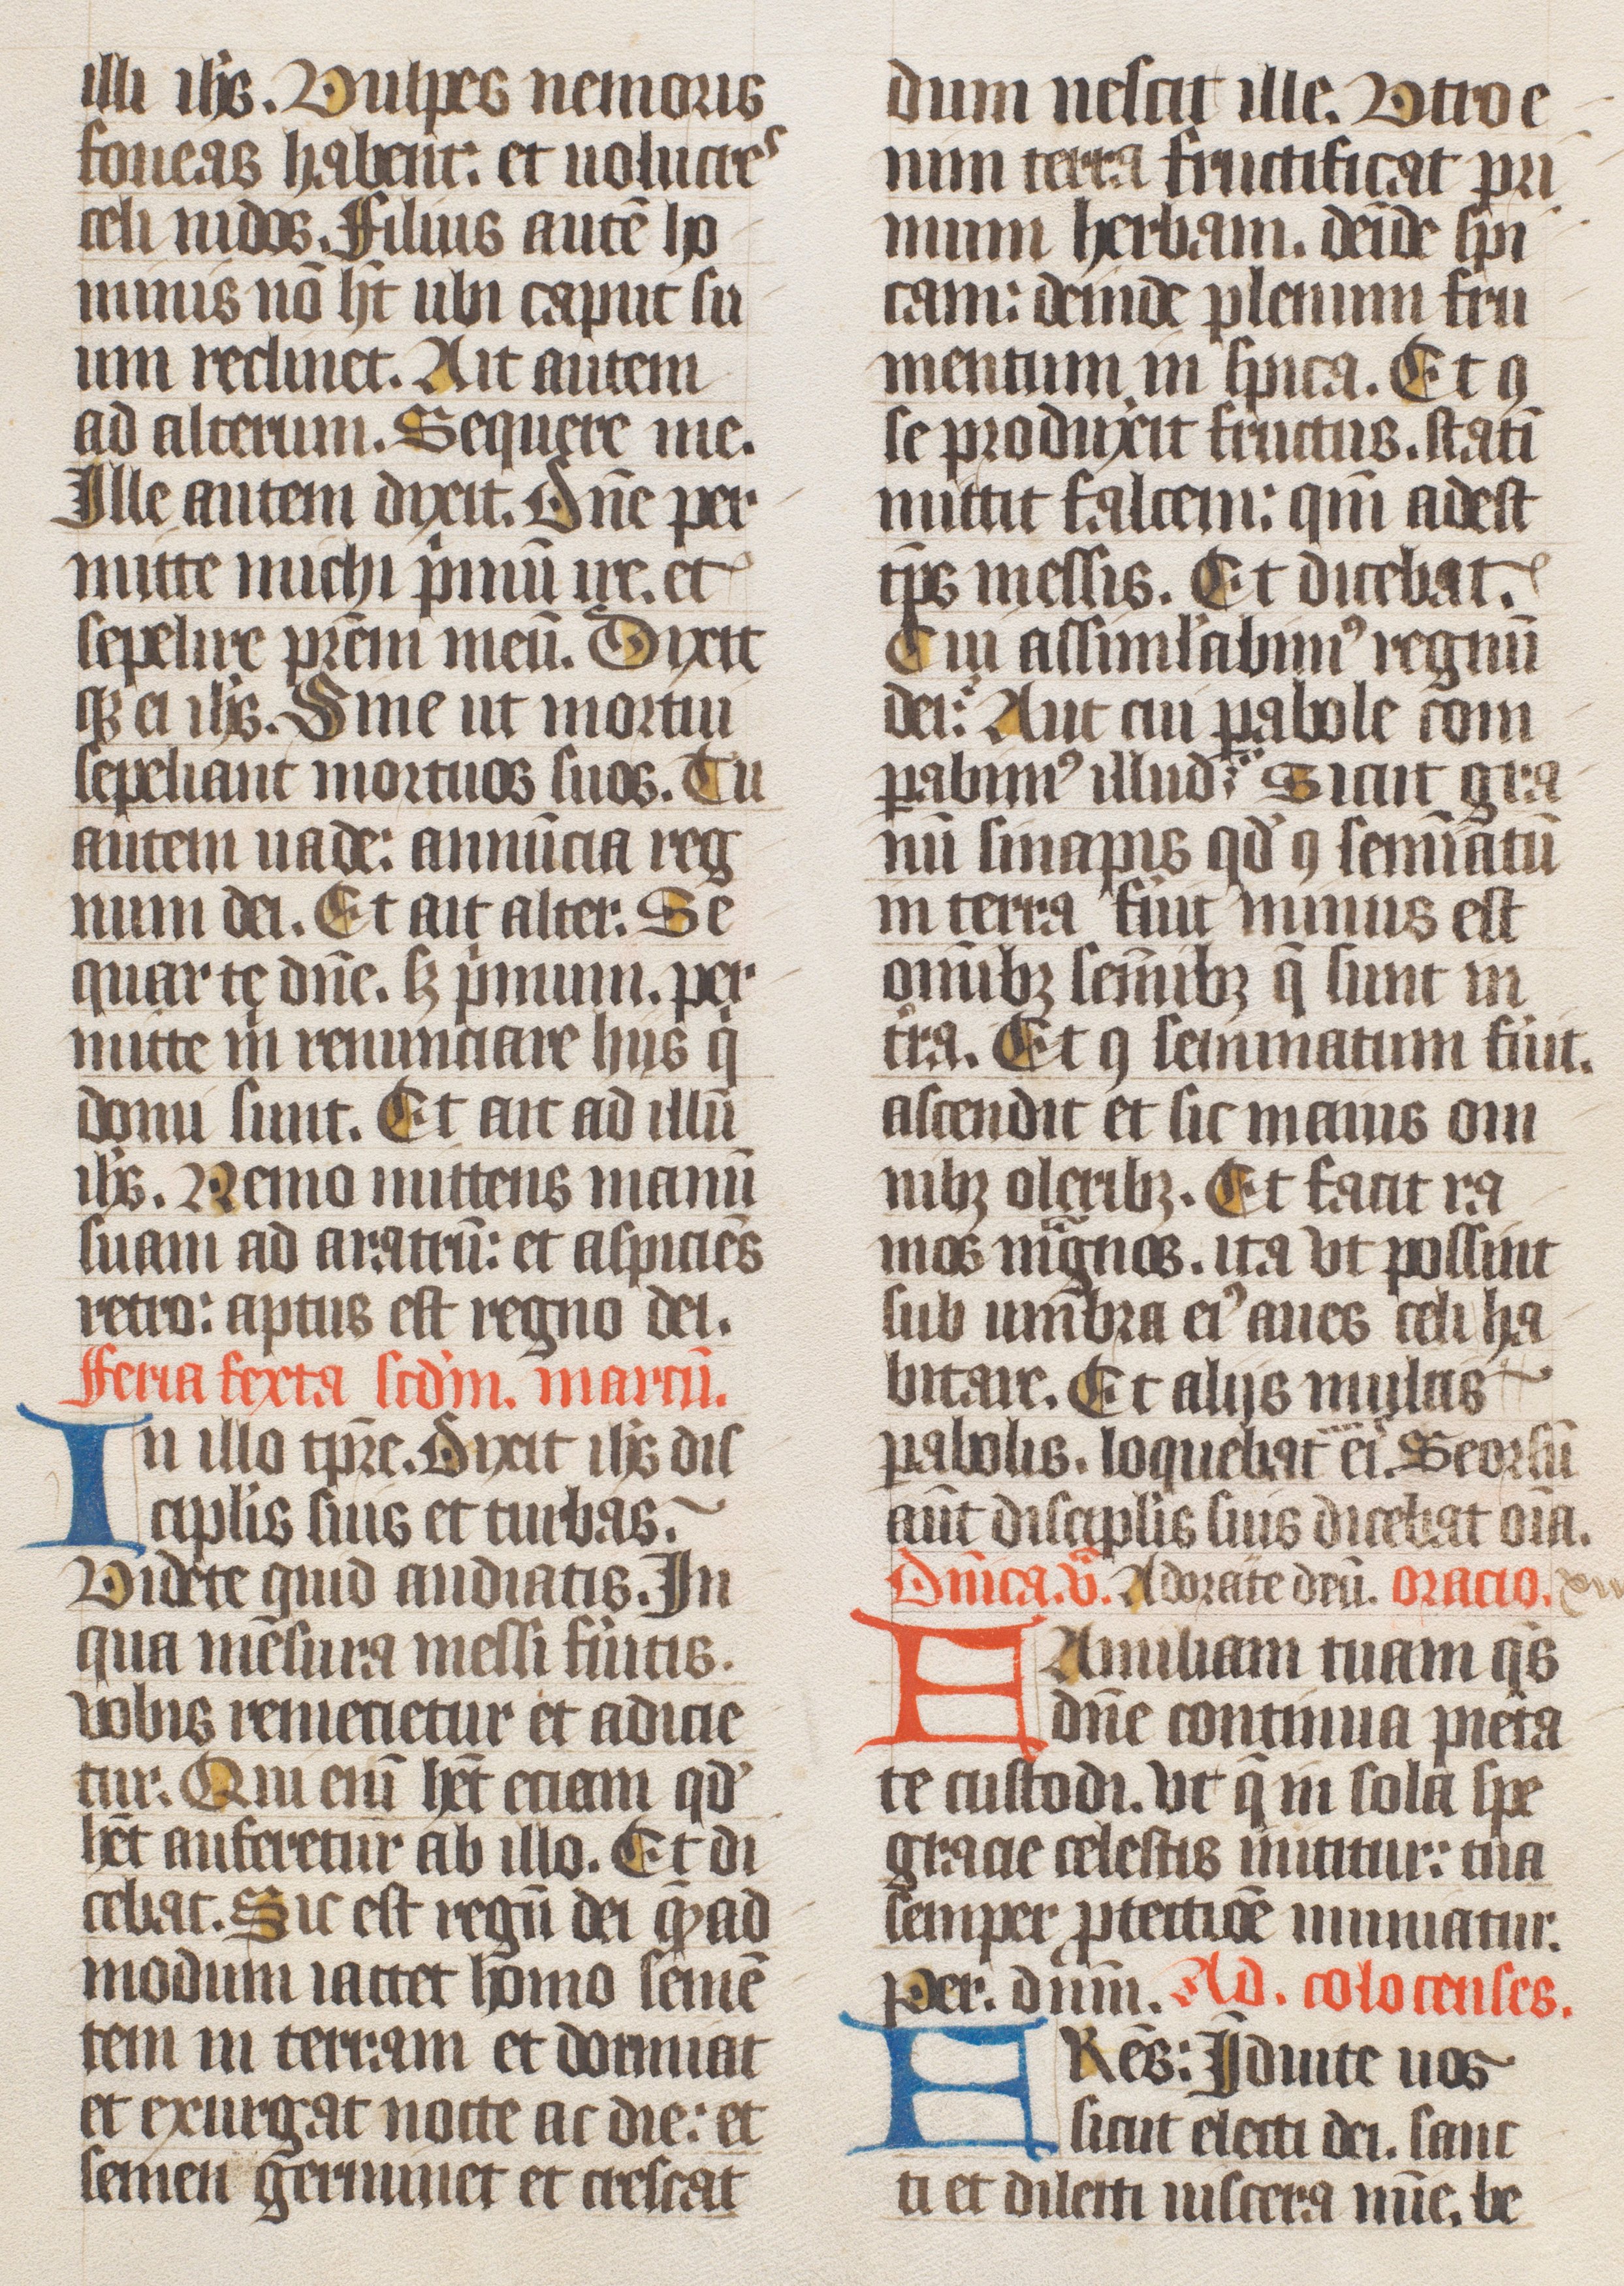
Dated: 1400–1499